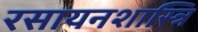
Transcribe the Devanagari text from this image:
रसायनशास्त्रि